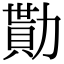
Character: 勩